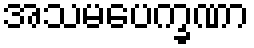
အသမပေက္ခဏာ